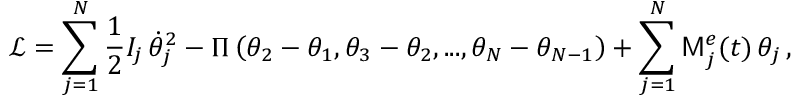
\mathcal { L } = \sum _ { j = 1 } ^ { N } \frac { 1 } { 2 } I _ { j } \, \dot { \theta } _ { j } ^ { 2 } - \Pi \left( \theta _ { 2 } - \theta _ { 1 } , \theta _ { 3 } - \theta _ { 2 } , . . . , \theta _ { N } - \theta _ { N - 1 } \right) + \sum _ { j = 1 } ^ { N } \mathsf { M } _ { j } ^ { e } ( t ) \, \theta _ { j } \, ,